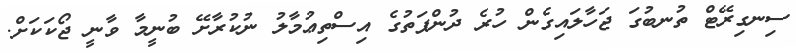
ސިނގިރޭޓް ތުނބުގަ ޖަހާލައިގެން ހުރެ ދުންފަތުގެ އިސްތިޢުމާލު ނުކުރާށޭ ބުނީމާ ވާނީ ޖޯކަކަށް.